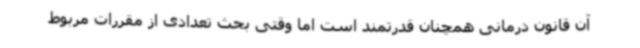
آن قانون درمانی همچنان قدرتمند است اما وقتی بحث تعدادی از مقررات مربوط